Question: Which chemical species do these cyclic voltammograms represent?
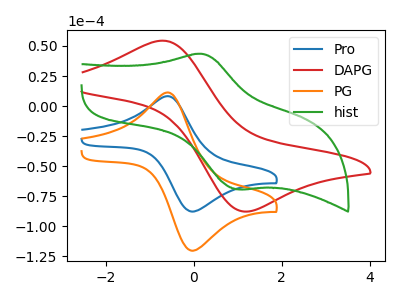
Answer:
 <answer>The blue curve is labeled "Pro". The red curve is labeled "DAPG". The orange curve is labeled "PG". The green curve is labeled "hist".</answer>
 <eval></eval>